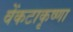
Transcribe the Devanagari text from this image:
वेंकटाकृष्णा